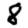
Digit: 8